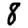
Digit: 8